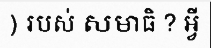
) របស់ សមាធិ ? អ្វី